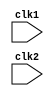
module Pipelined(clk1,clk2);
	input clk1,clk2;				 // Two-phase clock
	reg[31:0]  PC,IF_ID_IR,IF_ID_NPC;
	reg[31:0]  ID_RR_IR,ID_RR_NPC,RR_EX_A,RR_EX_B,RR_EX_Imm,RR_EX_NPC,RR_EX_IR;
	reg[2:0]   ID_RR_type,EX_MEM_type,MEM_WB_type,RR_EX_type;
	reg[31:0]  EX_MEM_IR,EX_MEM_ALUOut,EX_MEM_B;
	reg 	   EX_MEM_cond;                             
	reg[31:0]  MEM_WB_IR,MEM_WB_ALUOut,MEM_WB_LMD;
	reg[31:0]  Reg[0:31];				// Register bank(32x32)
	reg[31:0]  Mem[0:1023];				// 1024x32 memory
	wire[31:0] RR_EX_A_OF, RR_EX_B_OF;
	wire bypassAfromMEM, bypassBfromMEM, bypassAfromWB, bypassBfromWB;
	
	reg HALTED;		    // Set after HLT instruction is completed(in WB stage)
	wire TAKEN_BRANCH;	// Required to disable instructions after branch
	
	parameter	ADD=6'b000000,SUB=6'b000001,AND=6'b000010,OR=6'b000011,SLT=6'b000100,MUL=6'b000101,
				HLT=6'b111111,LW=6'b001000,SW=6'b001001,ADDI=6'b001010,SUBI=6'b001011,SLTI=6'b001100,
				BNEQ=6'b001101,BEQ=6'b001110;
    
	parameter   RR_ALU=3'b000,RM_ALU=3'b001,LOAD=3'b010,STORE=3'b011,BRANCH=3'b100,HALT=3'b101;
	/////////////////////////////////Operend_Forwarding/////////////////////////////////////////////
	assign bypassAfromMEM = (RR_EX_IR[20:16] == EX_MEM_IR[25:21]) & (EX_MEM_IR[25:21] != 0);
	assign bypassBfromMEM = (RR_EX_IR[15:11] == EX_MEM_IR[25:21]) & (EX_MEM_IR[25:21] != 0);
	
	assign bypassAfromWB = (RR_EX_IR[20:16] == MEM_WB_IR[25:21]) & (MEM_WB_IR[25:21] != 0) & (EX_MEM_IR[25:21] != RR_EX_IR[20:16]);
	assign bypassBfromWB = (RR_EX_IR[15:11] == MEM_WB_IR[25:21]) & (MEM_WB_IR[25:21] != 0) & (EX_MEM_IR[25:21] != RR_EX_IR[15:11]);
	
	assign RR_EX_A_OF =  bypassAfromMEM ? EX_MEM_ALUOut : (bypassAfromWB) ? MEM_WB_ALUOut : RR_EX_A;
	assign RR_EX_B_OF =  bypassBfromMEM ? EX_MEM_ALUOut : (bypassBfromWB) ? MEM_WB_ALUOut : RR_EX_B;
	
	// Signal for a taken branch: instruction is BEQ and registers are equal
	assign TAKEN_BRANCH = (IF_ID_IR[31:26] == BEQ) && (Reg[IF_ID_IR[20:16]] == Reg[IF_ID_IR[15:11]]) || 
						  (IF_ID_IR[31:26] == BNEQ) && (Reg[IF_ID_IR[20:16]] != Reg[IF_ID_IR[15:11]]);
	
	/* // The signal for detecting a stall based on the use of a result from LW
	 assign stall = (MEMWBIR[31:26]==LW) && // source instruction is a load
	 ((((IDEXop==LW)|(IDEXop==SW)) && (IDEXrs==MEMWBrd)) | // stall for address calc
	((IDEXop==ALUop) && ((IDEXrs==MEMWBrd)|(IDEXrt==MEMWBrd)))); // ALU use */
	
	
	
	reg [5:0] i; //used to initialize registers 
/* 	initial begin 
		PC = 0; 
		IFIDIR=no-op; 
		IDEXIR=no-op; 
		EXMEMIR=no-op; 
		MEMWBIR=no-op; // put no-ops in pipeline registers
		for (i=0;i<=31;i=i+1) 
		Regs[i] = i; //initialize registers--just so they arent dont cares
	 end */
////////////////////////////////////////////////////////IF Stage////////////////////////////////////////////////////////
	always @(posedge clk1)													
		if((~HALTED))
			begin
				if(((EX_MEM_IR[31:26]== BEQ)&&(EX_MEM_cond ==1)) || ((EX_MEM_IR[31:26]== BNEQ)&&(EX_MEM_cond==0)))
					begin
					   IF_ID_IR	    	<=  Mem[EX_MEM_ALUOut];
					   //TAKEN_BRANCH		<=  1'b1;
					   IF_ID_NPC    	<=  EX_MEM_ALUOut + 1;
					   PC				<=  EX_MEM_ALUOut + 1;
					end
				else
					begin
						IF_ID_IR		<= Mem[PC];
						IF_ID_NPC		<= PC+1;
						PC				<= PC+1;
					end
			end
////////////////////////////////////////////////////////ID Stage////////////////////////////////////////////////////////
	always@(posedge clk2)
		if((~HALTED))
			begin
				ID_RR_NPC		<=  IF_ID_NPC;
				ID_RR_IR		<=  IF_ID_IR;
				
				case(IF_ID_IR[31:26])
					ADD,SUB,AND,OR,SLT,MUL:   	ID_RR_type <=  RR_ALU;
					ADDI,SUBI,SLTI:		    	ID_RR_type <=  RM_ALU;
					LW:							ID_RR_type <=  LOAD;
					SW:							ID_RR_type <=  STORE; 
					BNEQ,BEQ:					ID_RR_type <=  BRANCH;
					HLT:						ID_RR_type <=  HALT;
					default:					ID_RR_type <=  HALT;
				endcase
			end
////////////////////////////////////////////////////////RR Stage////////////////////////////////////////////////////////
	always@(posedge clk1)
		if((~HALTED))
			begin
				if(ID_RR_IR[20:16]==5'b00000)	// If R0 is accessed which is always 0
					RR_EX_A	<= 0;
				else 
					RR_EX_A	<=  Reg[ID_RR_IR[20:16]];		// "rs"
                               
				if(ID_RR_IR[15:11]== 5'b00000)	// If R0 is accessed which is always 0
					RR_EX_B	<=0;
				else 
					RR_EX_B	<=  Reg[ID_RR_IR[15:11]];		// "rt"
				
				RR_EX_type      <=  ID_RR_type;
				RR_EX_NPC		<=  ID_RR_NPC;
				RR_EX_IR		<=  ID_RR_IR;
				RR_EX_Imm		<=  {{16{ID_RR_IR[15]}},{ID_RR_IR[15:0]}}; // Immediate type data is sign extended to 32 (I-type) 
			end
			
////////////////////////////////////////////////////////EX Stage////////////////////////////////////////////////////////
	always@(posedge clk2)
		if((~HALTED))
			begin
				EX_MEM_type		<=  RR_EX_type;
				EX_MEM_IR		<=  RR_EX_IR;
				//TAKEN_BRANCH	<=  1'b0;
				////////////////////////////////////////////////////////////////

					
				case(ID_RR_type)
					RR_ALU:	begin
						case(RR_EX_IR[31:26])	//"opcode"                                                        -
							ADD:	EX_MEM_ALUOut	<=  RR_EX_A_OF + RR_EX_B_OF;
							SUB:	EX_MEM_ALUOut	<=  RR_EX_A_OF - RR_EX_B_OF;
							AND:	EX_MEM_ALUOut	<=  RR_EX_A_OF & RR_EX_B_OF;
							OR:     EX_MEM_ALUOut	<=  RR_EX_A_OF | RR_EX_B_OF;
							SLT:    EX_MEM_ALUOut	<=  RR_EX_A_OF < RR_EX_B_OF;
							MUL:    EX_MEM_ALUOut	<=  RR_EX_A_OF * RR_EX_B_OF;
							default:EX_MEM_ALUOut	<=  32'hxxxxxxxx;
						endcase
					end
			
					RM_ALU:	begin
						case(RR_EX_IR[31:26])	//"opcode"
							ADDI:		EX_MEM_ALUOut	<=  RR_EX_A + RR_EX_Imm;
							SUBI:		EX_MEM_ALUOut	<=  RR_EX_A - RR_EX_Imm;
							SLTI:		EX_MEM_ALUOut	<=  RR_EX_A < RR_EX_Imm;
							default:	EX_MEM_ALUOut   <=  32'hxxxxxxxx;
						endcase
					end							  
					
					LOAD,STORE:	begin
						EX_MEM_ALUOut 	<= RR_EX_A + RR_EX_Imm;
						EX_MEM_B 		<= RR_EX_B;
					end
					BRANCH:	begin
						EX_MEM_ALUOut 	<= RR_EX_NPC + RR_EX_Imm;
						EX_MEM_cond 	<= (RR_EX_A == 0);
					end
				endcase
			end
////////////////////////////////////////////////////////MEM Stage////////////////////////////////////////////////////////			
	always@(posedge clk1)
		if((~HALTED))
			begin
				MEM_WB_type	<=  EX_MEM_type;
				MEM_WB_IR	<=  EX_MEM_IR;
				case(EX_MEM_type)
					RR_ALU,RM_ALU:	MEM_WB_ALUOut 		<= EX_MEM_ALUOut;
					LOAD:			MEM_WB_LMD			<= Mem[EX_MEM_ALUOut];
					STORE:			if(TAKEN_BRANCH ==0)						// Disable write
										Mem[EX_MEM_ALUOut]	<= EX_MEM_B;
				endcase
			end
    
////////////////////////////////////////////////////////WB Stage////////////////////////////////////////////////////////
	always@(posedge clk2)
		begin
			if(TAKEN_BRANCH == 0)		// Disable write if branch taken
			case(MEM_WB_type)
				RR_ALU:		Reg[MEM_WB_IR[25:21]] <=  MEM_WB_ALUOut;		//"rd"
				RM_ALU:		Reg[MEM_WB_IR[25:21]] <=  MEM_WB_ALUOut;		//"rt"
				LOAD:		Reg[MEM_WB_IR[25:21]] <=  MEM_WB_LMD;			//"rt"
				HALT:		HALTED 				  <=  1'b1;
			endcase
		end
       
endmodule